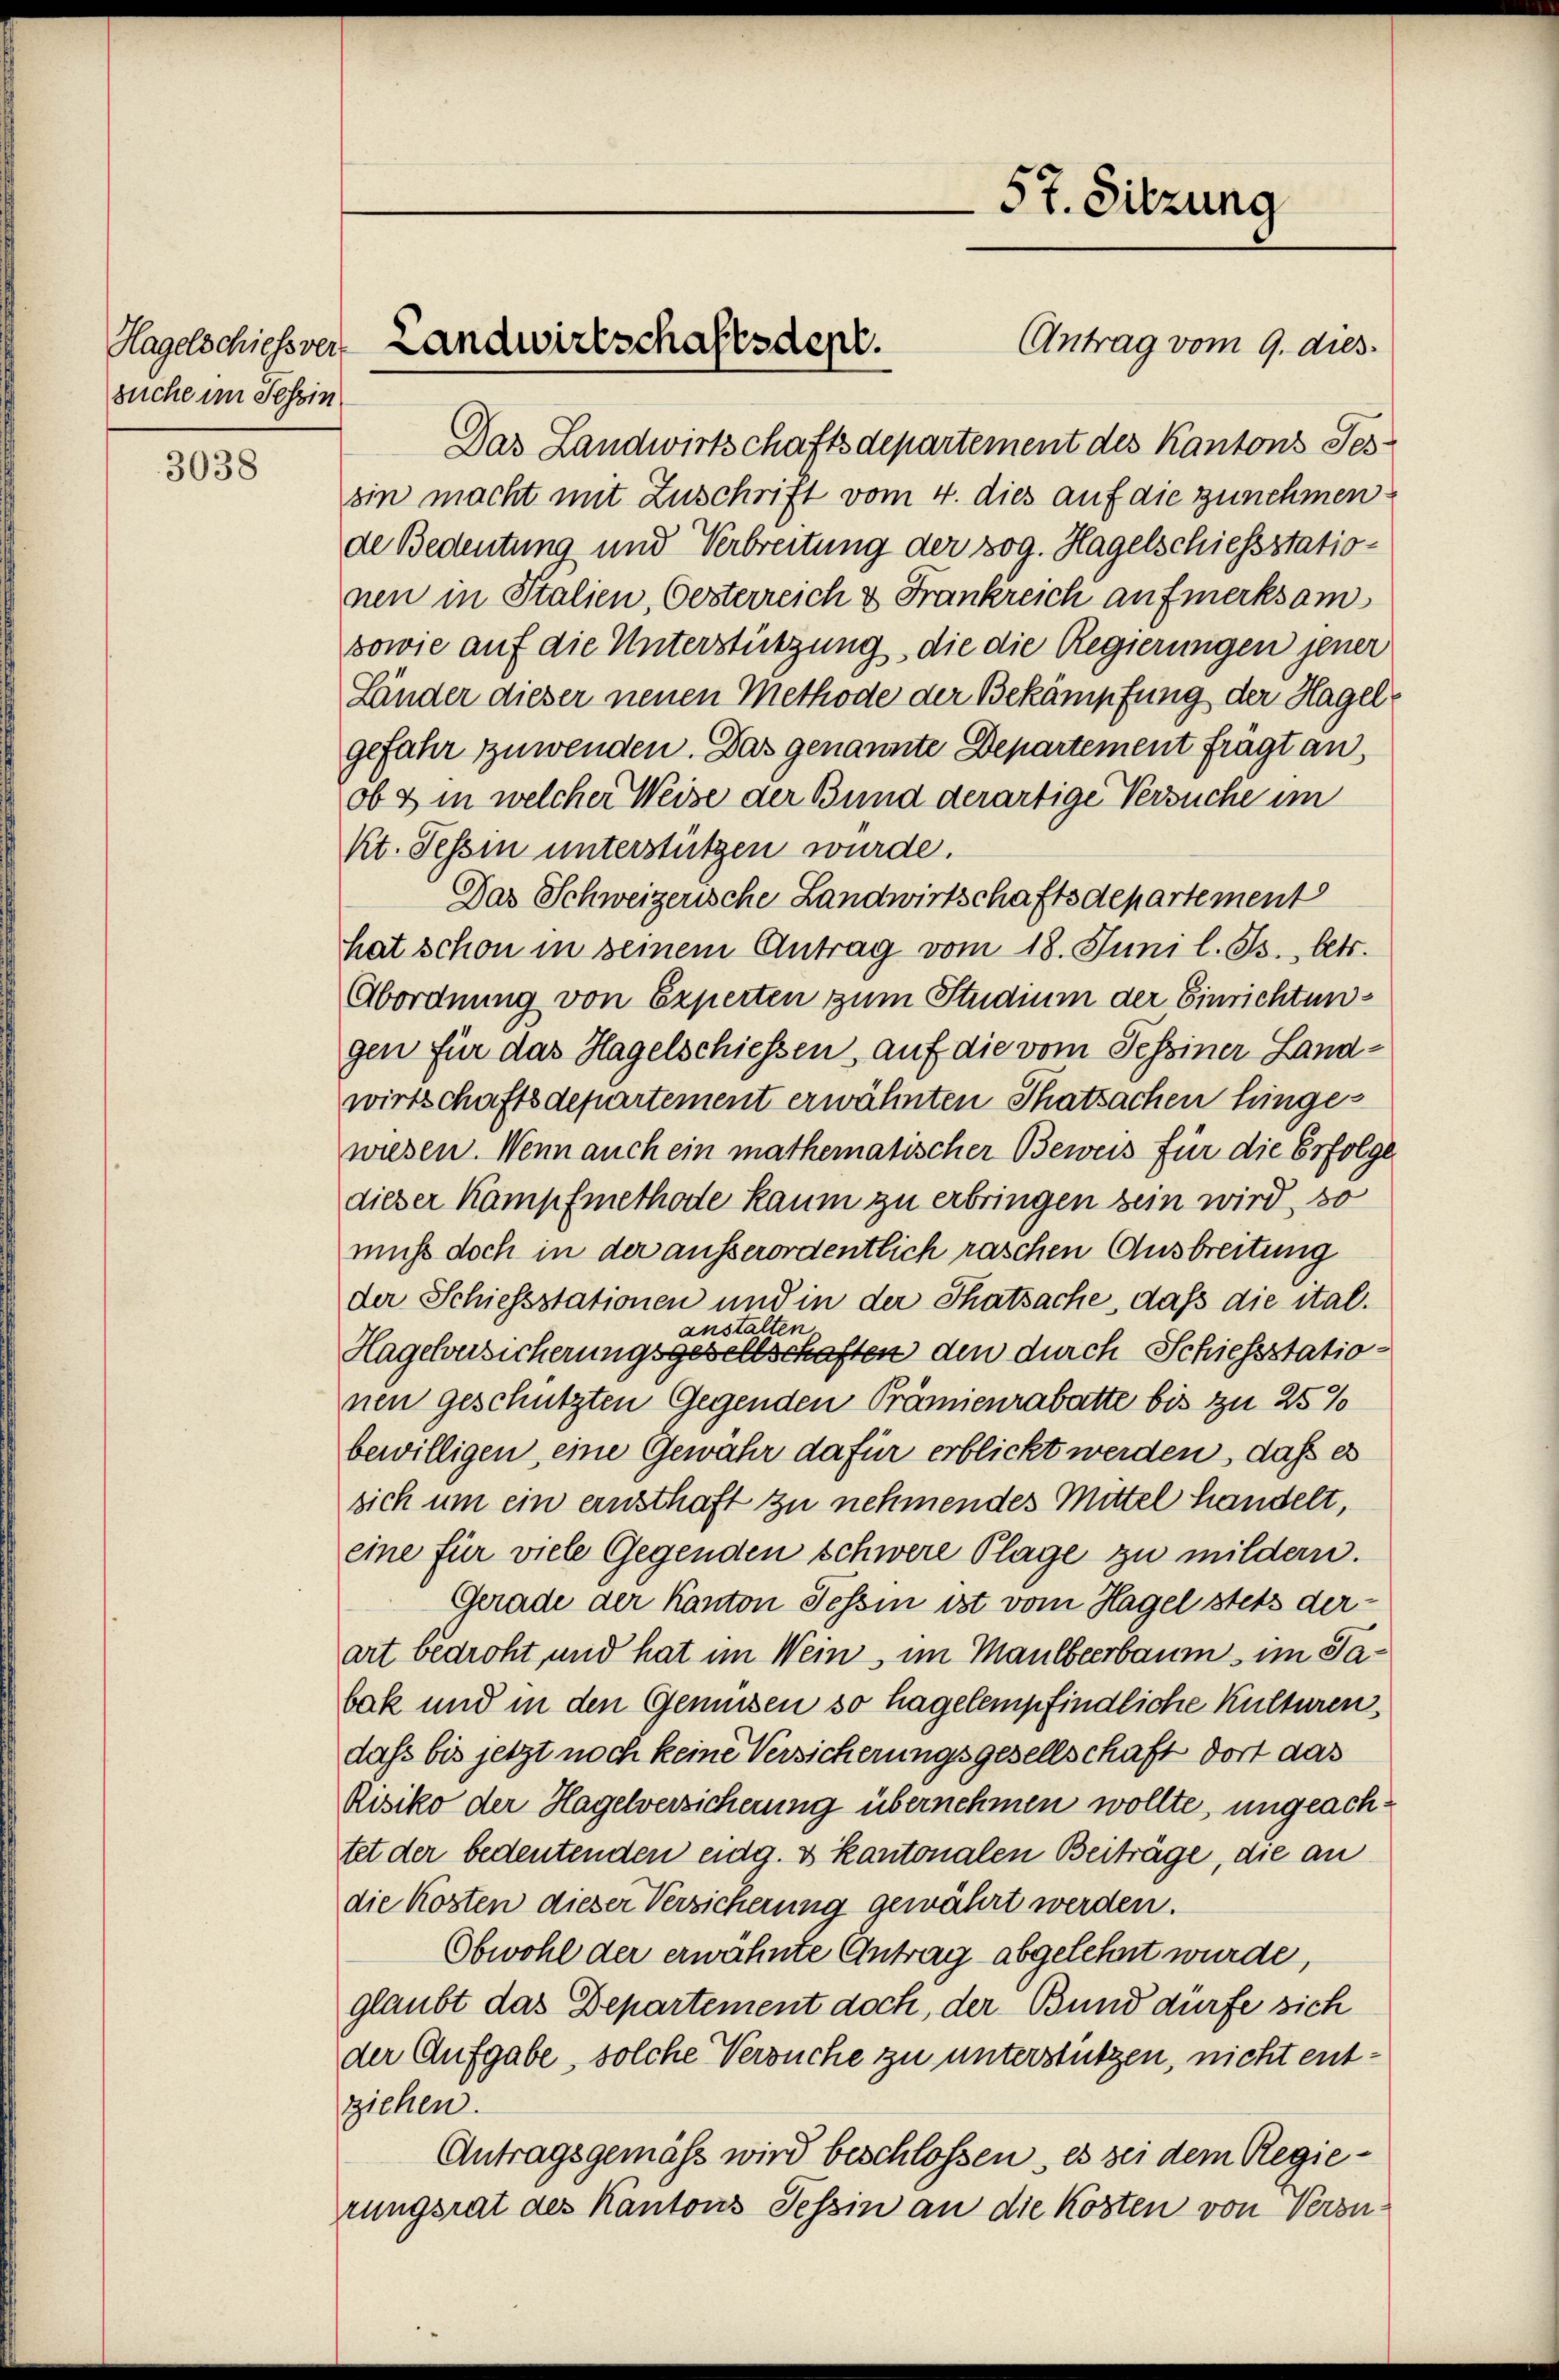
suche im Tessin

3038

Antrag vom 9. dies
Das Landwirtschaftsdepartement des Kantons Tes
sin macht mit Zuschrift vom 4. dies auf die zunehmen
de Bedeutung und Verbreitung der sog. Hagelschiessstationen in Italien, Oesterreich & Frankreich aufmerksam
sowie auf die Unterstützung, die die Regierungen jener
Länder dieser neuen Methode der Bekämpfung der Hagelgefahr zuwenden. Das genannte Departement fragt an,
ob & in welcher Weise der Bund derartige Versuche im
Kt. Tessin unterstützen wurde.
Das Schweizerische Landwirtschaftsdepartement
hat schon in seinem Antrag vom 18. Juni l. Js. betr.
Abordnung von Experten zum Studium der Einrichtungen für das Hagelschiessen, auf die vom Tessiner Landwirtschaftsdepartement erwähnten Thatsachen hinges
wiesen. Wenn auch ein mathematischer Beweis für die Erfolge
dieser Kampfmethode kaum zu erbringen sein wird, so
muss doch in der ausserordentlich raschen Ausbreitung
der Schiessstationen und in der Thatsache, dass die italanstalten.
Hagelversicherungsgesellschaften den durch Schiessstationen geschützten Gegenden Prämienrabatte bis zu 25%
bewilligen, eine Gewähr dafür erblickt werden, daß es
sich um ein ernsthaft zu nehmendes Mittel handelt,
eine für viele Gegenden schwere Plage zu mildern.
Gerade der Kanton Tessin ist vom Hagel stets derart bedroht, und hat im Wein, im Maulbeerbaum im Sabak und in den Gemüsen so hagelempfindliche Kulturen.
dass bis jetzt noch keine Versicherungsgesellschaft dort das
Risiko der Hagelversicherung übernehmen wollte, ungeachtet der bedeutenden eidg. & kantonalen Beiträge, die an
die Kosten dieser Versicherung gewährt werden.
Obwohl der erwähnte Antrag abgelehnt wurde,
glaubt das Departement doch, der Bund dürfe sich
der Aufgabe, solche Versuche zu unterstützen, nicht entziehen.
Antragsgemäß wird beschlossen, es sei dem Regierungsrat des Kantons Tessin an die Kosten von Versu¬

Hagelschießver Landwirtschaftsdepr.

57. Sitzung